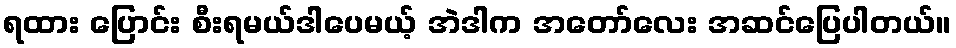
ရထား ပြောင်း စီးရမယ်ဒါပေမယ့် အဲဒါက အတော်လေး အဆင်ပြေပါတယ်။